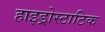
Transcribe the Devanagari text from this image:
हाइड्रोस्टाटिक